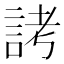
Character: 𬢦